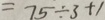
= 7 5 \div 3 + 1